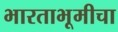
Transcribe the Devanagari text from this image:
भारताभूमीचा